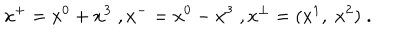
x ^ { + } = x ^ { 0 } + x ^ { 3 } \; , x ^ { - } = x ^ { 0 } - x ^ { 3 } \; , x ^ { \perp } = ( x ^ { 1 } , \; x ^ { 2 } ) \; .